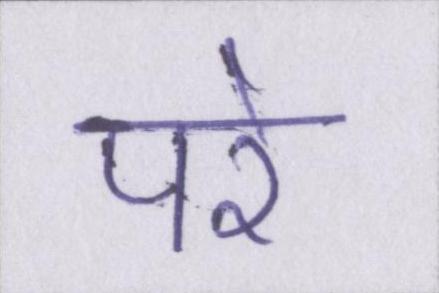
परे